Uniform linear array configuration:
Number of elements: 32
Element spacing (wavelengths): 0.25
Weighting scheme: kaiser
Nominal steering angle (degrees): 0
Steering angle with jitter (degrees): -1.391
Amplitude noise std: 0.05
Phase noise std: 0.05

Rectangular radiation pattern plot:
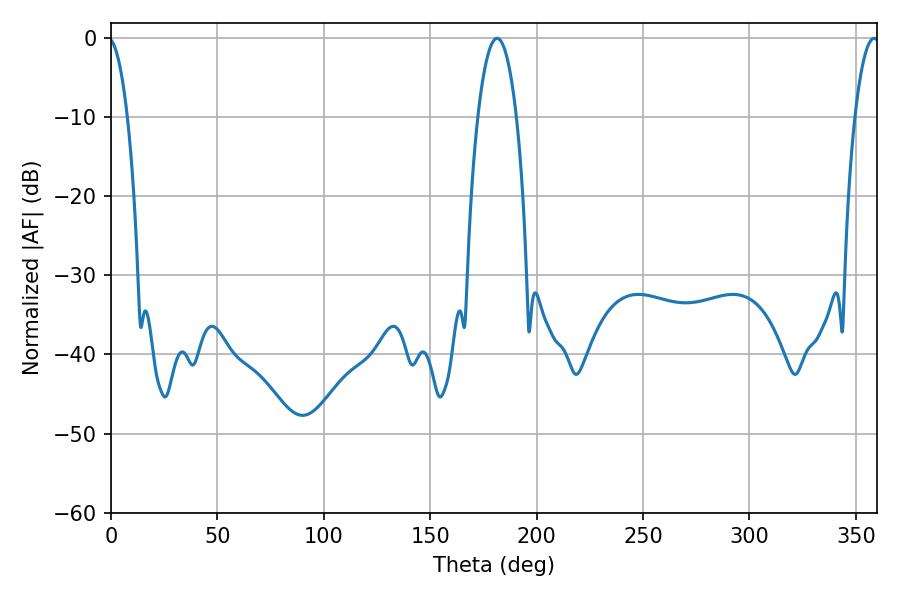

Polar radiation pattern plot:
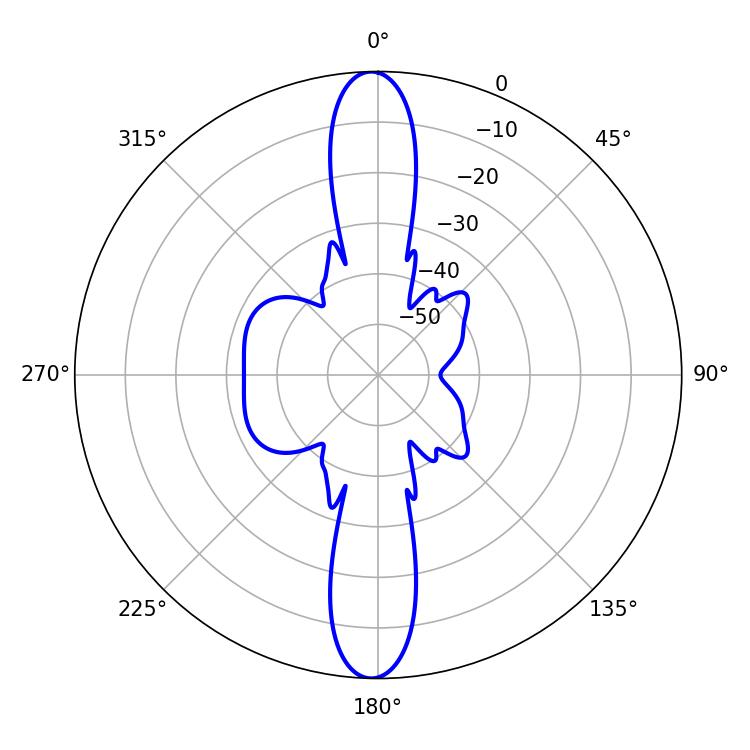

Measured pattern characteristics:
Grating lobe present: FALSE
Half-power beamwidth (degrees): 10.08
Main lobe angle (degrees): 181.44